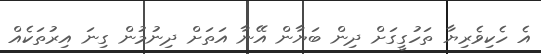
އެ ހެކިވެރިޔާ ތަހުގީގަށް ދިން ބަޔާން އޭނާ އަތަށް ދިނުމުން ގިނަ އިރުތަކެއް